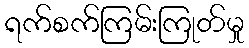
ရက်စက်ကြမ်းကြုတ်မှု